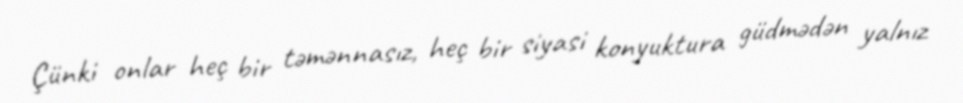
Çünki onlar heç bir təmənnasız, heç bir siyasi konyuktura güdmədən yalnız